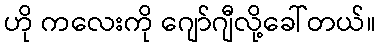
ဟို ကလေးကို ဂျော်ဂျီလို့ခေါ်တယ်။